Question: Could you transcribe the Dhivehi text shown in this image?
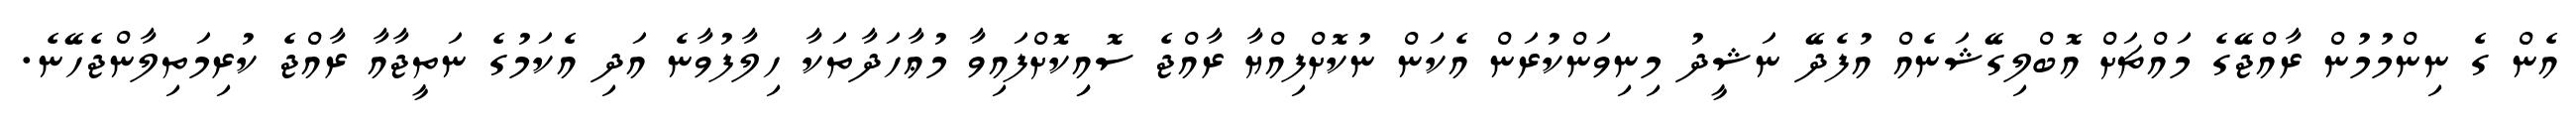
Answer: އެން ގެ ނިންމުމުން ރާއްޖޭގެ މައްޗަށް އޮބްލިގޭޝަނެއް އުފެދޭ ނަޝީދު މިނިވަންކުރަން އެކަން ނުކޮށްފިއްޔާ ރާއްޖެ ސޮއިިކޮށްފައިވާ މުޢާހަދާތަކާ ހިލާފުވާނެ އަދި އެކަމުގެ ނަތީޖާއާ ރާއްޖެ ކުރިމަތިލާންޖެހޭނެ.